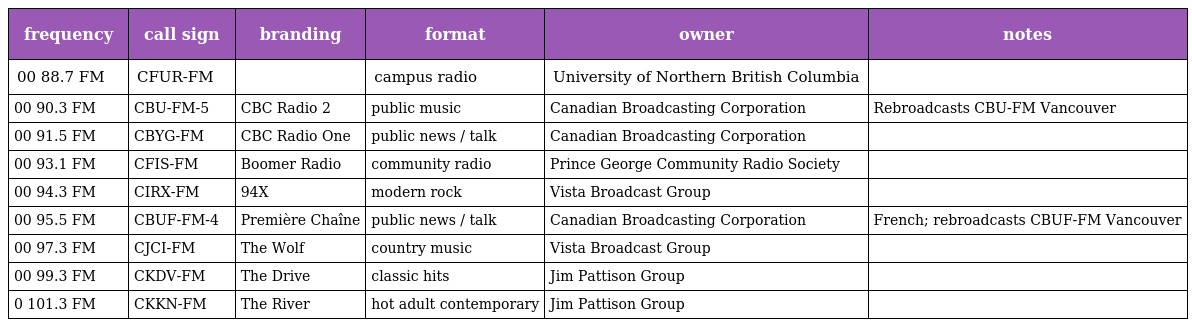
| frequency | call sign | branding | format | owner | notes |
 | --- | --- | --- | --- | --- | --- |
 | 00 88.7 FM | CFUR-FM |  | campus radio | University of Northern British Columbia |  |
 | 00 90.3 FM | CBU-FM-5 | CBC Radio 2 | public music | Canadian Broadcasting Corporation | Rebroadcasts CBU-FM Vancouver |
 | 00 91.5 FM | CBYG-FM | CBC Radio One | public news / talk | Canadian Broadcasting Corporation |  |
 | 00 93.1 FM | CFIS-FM | Boomer Radio | community radio | Prince George Community Radio Society |  |
 | 00 94.3 FM | CIRX-FM | 94X | modern rock | Vista Broadcast Group |  |
 | 00 95.5 FM | CBUF-FM-4 | Première Chaîne | public news / talk | Canadian Broadcasting Corporation | French; rebroadcasts CBUF-FM Vancouver |
 | 00 97.3 FM | CJCI-FM | The Wolf | country music | Vista Broadcast Group |  |
 | 00 99.3 FM | CKDV-FM | The Drive | classic hits | Jim Pattison Group |  |
 | 0 101.3 FM | CKKN-FM | The River | hot adult contemporary | Jim Pattison Group |  |